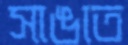
সাঙাত